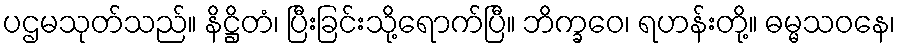
ပဌမသုတ်သည်။ နိဋ္ဌိတံ၊ ပြီးခြင်းသို့ရောက်ပြီ။ ဘိက္ခဝေ၊ ရဟန်းတို့။ ဓမ္မသဝနေ၊